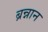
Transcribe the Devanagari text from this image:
ब्रन्नान